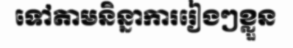
ទៅតាមនិន្នាការរៀងៗខ្លួន